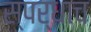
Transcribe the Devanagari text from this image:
स्पर्धाच